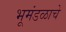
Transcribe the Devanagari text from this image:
भूमंडळाचे